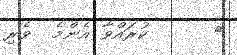
٨      ކުރައްވާ އެންމެ  ވެރި